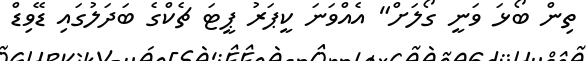
ތިން ބޯޅަ ވަނީ ގޯލަށް" އެއްވަނަ ކީޕަރު ޕީޓަ ޗެކްގެ ބަދަލުގައި ޑޭވިޑް